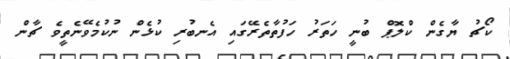
ކޯޗު ޔާގެން ކްލޮޕް ބުނީ ހަތަރު ހަފުތާތެރޭގައި އެނބުރި ކުޅެން ނުކުމެވޭނެތީވެ ޗާން